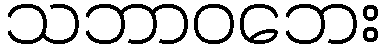
သဘာဝဘေး